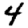
Digit: 4